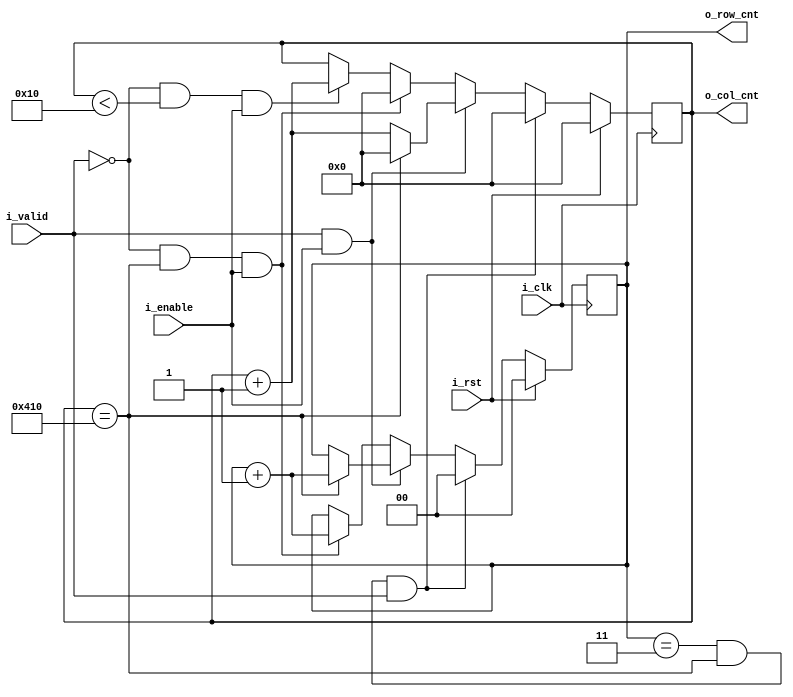
// fpc.v
// CMPE 670 Project Fall 2023
// Author(s): John Evans, Eric Falcone
//   
module fpc # (
    parameter    MAP_MODE = 1
)(
    // clock and control
    input         i_clk,
    input         i_rst,
    input         i_enable,
    input         i_valid,

    output wire [1:0]  o_row_cnt,
    output wire [10:0] o_col_cnt
);

    reg [1:0]  row_cnt;
    reg [10:0] col_cnt;
    
    generate
        if (MAP_MODE == 0) begin // demap mode
            always @(posedge i_clk) begin
                if(i_rst == 1) begin
                    row_cnt <= 0;
                    col_cnt <= 0;
                // Reset row and col for new frame
                end else if(row_cnt == 3 && col_cnt == 1040 && i_valid) begin
                    row_cnt <= 0;
                    col_cnt <= 0;
                // For every clock cycle where the input is valid, increase the column count by 1.
                end else if(i_valid && i_enable) begin
                    // If the current column count is 1040, next cycle it should be set to zero and the row count should increment.
                    if(col_cnt == 1040) begin
                        col_cnt = 0;
                        row_cnt = row_cnt + 1;
                    end else begin
                        col_cnt = col_cnt + 1;
                    end
                 // If i_valid is high and the current column is 0-15 or 1040, the FPC can increment.
                 // If the current column count is 1040, next cycle it should be set to zero and the row count should increment.
                end else if(i_valid && col_cnt == 1040 && i_enable) begin
                    col_cnt = 0;
                    row_cnt = row_cnt + 1;
                end else if(i_valid && col_cnt < 16 && i_enable) begin
                    col_cnt = col_cnt + 1;
                end
            end        
        
            assign o_row_cnt = row_cnt;
            assign o_col_cnt = col_cnt;
        end else if (MAP_MODE == 1) begin
            always @(posedge i_clk) begin
                if(i_rst == 1) begin
                    row_cnt <= 0;
                    col_cnt <= 0;
                // Reset row and col for new frame
                end else if(row_cnt == 3 && col_cnt == 1040 && i_valid) begin
                    row_cnt <= 0;
                    col_cnt <= 0;
                // For every clock cycle where the input is valid, increase the column count by 1.
                end else if(i_valid && i_enable) begin
                    // If the current column count is 1040, next cycle it should be set to zero and the row count should increment.
                    if(col_cnt == 1040) begin
                        col_cnt = 0;
                        row_cnt = row_cnt + 1;
                    end else begin
                        col_cnt = col_cnt + 1;
                    end
                 // If i_valid is low and the current column is 0-15 or 1040, the FPC can increment.
                 // If the current column count is 1040, next cycle it should be set to zero and the row count should increment.
                end else if(!i_valid && col_cnt == 1040 && i_enable) begin
                    col_cnt = 0;
                    row_cnt = row_cnt + 1;
                end else if(!i_valid && col_cnt < 16 && i_enable) begin
                    col_cnt = col_cnt + 1;
                end
            end
            
            assign o_row_cnt = row_cnt;
            assign o_col_cnt = col_cnt;
        end else begin // invalid param
            assign o_row_cnt = 0;
            assign o_col_cnt = 0;
        end
    endgenerate
    


endmodule